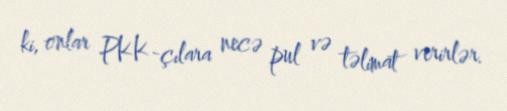
ki, onlar PKK-çılara necə pul və təlimat verirlər.